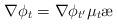
LaTeX: \begin{align*}\nabla\phi_t = \nabla\phi_{t'} \mu_t\ae\end{align*}